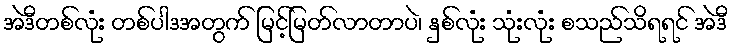
အဲဒီတစ်လုံး တစ်ပါဒအတွက် မြင့်မြတ်လာတာပဲ၊ နှစ်လုံး သုံးလုံး စသည်သိရရင် အဲဒီ